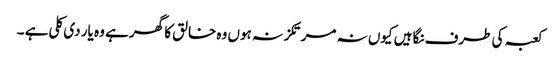
کعبہ کی طرف نگاہیں کیوں نہ مرتکز نہ ہوں وہ خالق کا گھر ہے وہ یار دی کلی ہے ۔